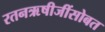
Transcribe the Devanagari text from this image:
रतनऋषीजींसोबत